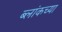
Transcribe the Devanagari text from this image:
ब्लांकच्या